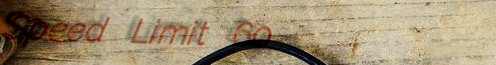
Speed Limit 60